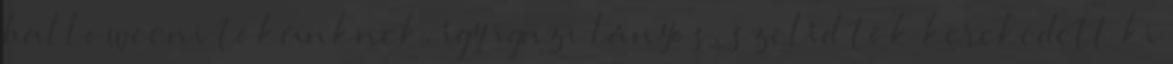
halloweeni tökünknek, így igazi lányos, szelíd tök kerekedett ki